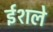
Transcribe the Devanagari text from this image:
ईशले